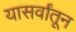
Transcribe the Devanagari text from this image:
यासर्वांतून